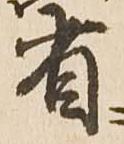
省